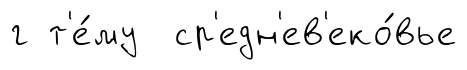
г т'е́му ср'едн'ев'еко́вье